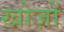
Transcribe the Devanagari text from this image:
खोज़ों